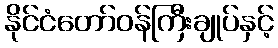
နိုင်ငံတော်ဝန်ကြီးချုပ်နှင့်